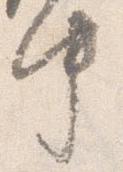
中